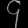
Digit: ၄